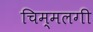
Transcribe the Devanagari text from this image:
चिम्मलगी